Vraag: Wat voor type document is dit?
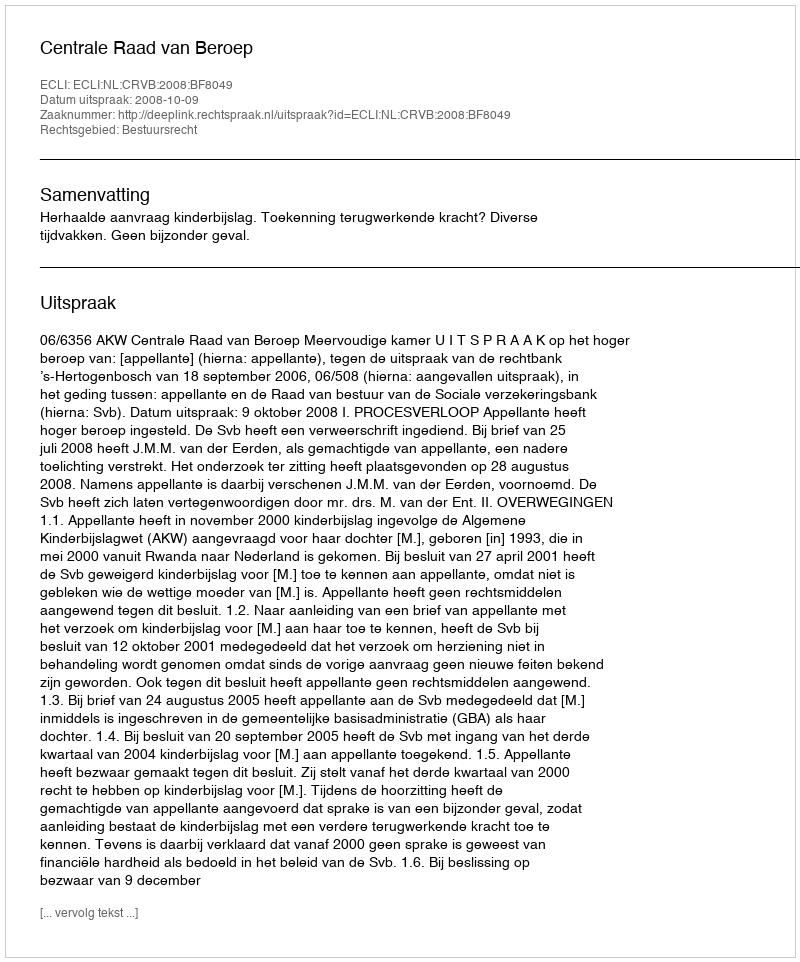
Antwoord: Uitspraak